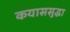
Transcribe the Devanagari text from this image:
कयाससुद्धा